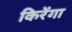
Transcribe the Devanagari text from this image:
किरेंगा